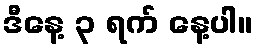
ဒီနေ့ ၃ ရက် နေ့ပါ။